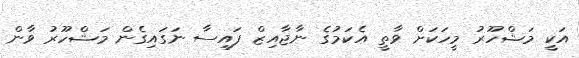
އަކީ މަޝްހޫރު މީހަކަށް ވާތީ އެކަމުގެ ނާޖާއިޒް ފައިސާ ނަގައިގެން މަޝްހޫރު ވާން